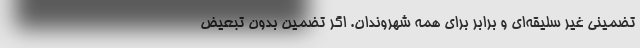
تضمینی غیر سلیقه‌ای و برابر برای همه شهروندان. اگر تضمین بدون تبعیض